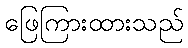
ဖြေကြားထားသည်